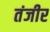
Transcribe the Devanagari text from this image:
तंजीर